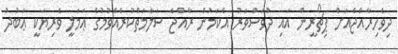
ދިވެހިރާއްޖެއަށް ޕިޗޯރީން އައި ދުވަސްވަރު އެކަމުން ރާއްޖެ ސަލާމަތްކުރެއްވުމުގެ ޢަމަލީ ވެރިޔަކީ ޢަބުދު